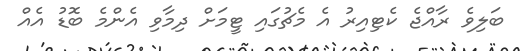
ބަލިވެ ރާއްޖެ ކެޓިއިރު އެ މެޗުގައި ޓީމަށް ދިމާވި އެންމެ ބޮޑު އެއް